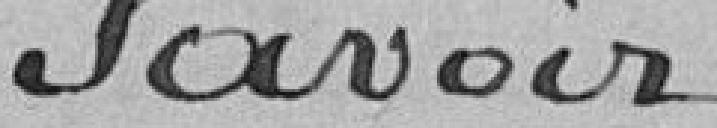
savoir